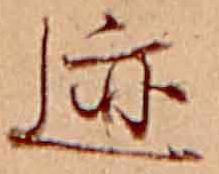
迹